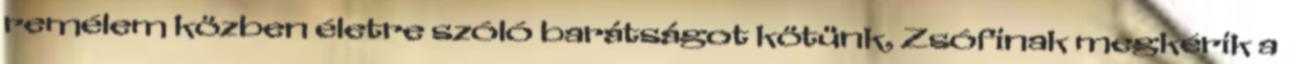
remélem közben életre szóló barátságot kötünk, Zsófinak megkérik a